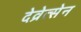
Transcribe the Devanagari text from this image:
देव्रेत्सेन